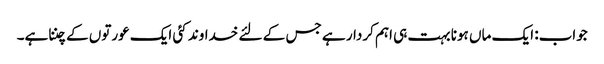
جواب: ایک ماں ہونا بہت ہی اہم کردار ہے جس کے لئے خداوند کئی ایک عورتوں کے چننا ہے۔